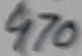
Text: 470